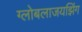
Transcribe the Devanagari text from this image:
ग्लोबलाजयझिंग